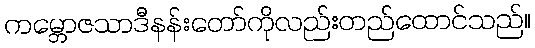
ကမ္ဘောဇသာဒီနန်းတော်ကိုလည်းတည်ထောင်သည်။